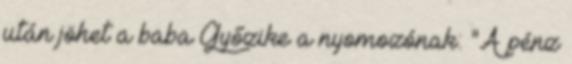
után jöhet a baba Győzike a nyomozónak: "A pénz